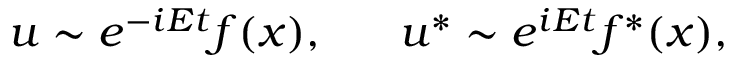
u \sim e ^ { - i E t } f ( x ) , ~ ~ ~ ~ ~ u ^ { * } \sim e ^ { i E t } f ^ { * } ( x ) ,